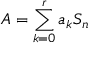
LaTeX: A = \sum _ { k = 0 } ^ { r } a _ { k } S _ { n }